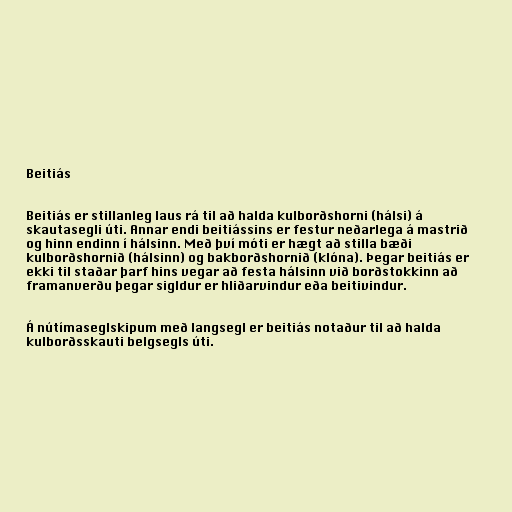
Beitiás

Beitiás er stillanleg laus rá til að halda kulborðshorni (hálsi) á
skautasegli úti. Annar endi beitiássins er festur neðarlega á mastrið
og hinn endinn í hálsinn. Með því móti er hægt að stilla bæði
kulborðshornið (hálsinn) og bakborðshornið (klóna). Þegar beitiás er
ekki til staðar þarf hins vegar að festa hálsinn við borðstokkinn að
framanverðu þegar sigldur er hliðarvindur eða beitivindur.

Á nútímaseglskipum með langsegl er beitiás notaður til að halda
kulborðsskauti belgsegls úti.